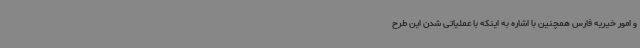
و امور خیریه فارس همچنین با اشاره به اینکه با عملیاتی شدن این طرح